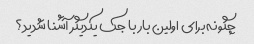
چگونه برای اولین بار با جک یکدیگر آشنا شدید؟